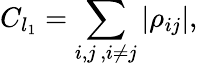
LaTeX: C_{l_{1}}=\sum_{i,j\, ,i\neq j}\left|\rho_{ij}\right|,